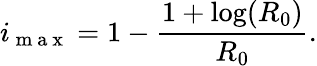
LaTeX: i_{\mathrm{~m~a~x~}}=1-\frac{1+\log(R_{0})}{R_{0}}.